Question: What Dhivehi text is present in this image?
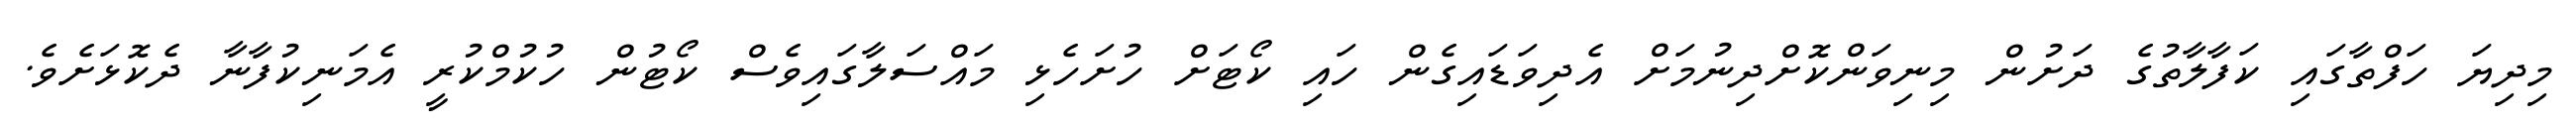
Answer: މިދިޔަ ހަފްތާގައި ކަފާލާތުގެ ދަށުން މިނިވަންކޮށްދިނުމަށް އެދިވަޑައިގެން ހައި ކޯޓަށް ހުށަހެޅި މައްސަލާގައިވެސް ކޯޓުން ހުކުމްކުރީ އެމަނިކުފާނާ ދެކޮޅަށެވެ.